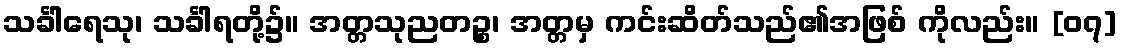
သင်္ခါရေသု၊ သင်္ခါရတို့၌။ အတ္တသုညတဉ္စ၊ အတ္တမှ ကင်းဆိတ်သည်၏အဖြစ် ကိုလည်း။ [၀၇]